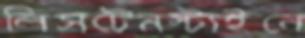
লিসটেনস্টাইনে